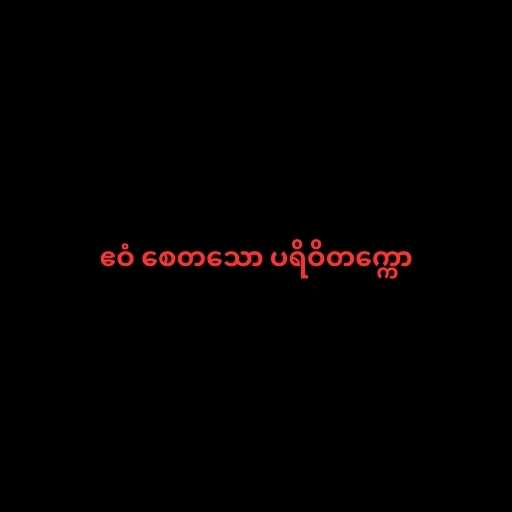
ဧဝံ စေတသော ပရိဝိတက္ကော